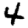
Digit: 4